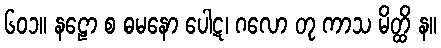
၆၀၁။ နဠော စ ဓမနော ပေါဋ၊ ဂလော တု ကာသ မိတ္ထိ န။